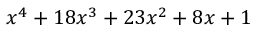
x ^ { 4 } + 1 8 x ^ { 3 } + 2 3 x ^ { 2 } + 8 x + 1